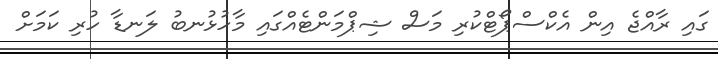
ގައި ރާއްޖެ އިން އެކްސްޕޯޓްކުރި މަސް ޝިޕްމަންޓެއްގައި މާހުޅުނބު ލަނޑާ ހުރި ކަމަށް